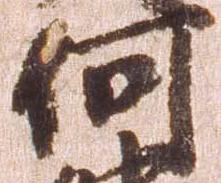
何